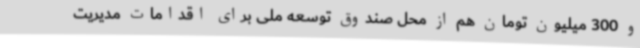
و 300 میلیون تومان هم از محل صندوق توسعه ملی برای اقدامات مدیریت